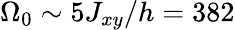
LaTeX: \Omega_{0}\sim 5J_{xy}/h=382